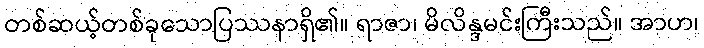
တစ်ဆယ့်တစ်ခုသောပြဿနာရှိ၏။ ရာဇာ၊ မိလိန္ဒမင်းကြီးသည်။ အာဟ၊